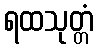
ရထသုတ္တံ